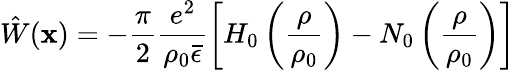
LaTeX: \hat{W}({\mathbf x})=-\frac{\pi}{2}\frac{e^{2}}{\rho_{0}\bar{\epsilon}}\left[H_{0}\left(\frac{\rho}{\rho_{0}}\right)-N_{0}\left(\frac{\rho}{\rho_{0}}\right)\right]